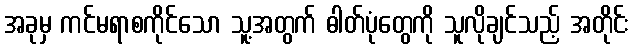
အခုမှ ကင်မရာစကိုင်သော သူ့အတွက် ဓါတ်ပုံတွေကို သူလိုချင်သည့် အတိုင်း